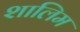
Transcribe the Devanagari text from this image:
शालिम